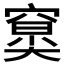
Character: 𥧤